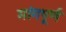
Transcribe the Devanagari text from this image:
मांगपूर्ण